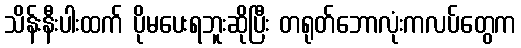
သိန်းနီးပါးထက် ပိုမပေးရဘူးဆိုပြီး တရုတ်ဘောလုံးကလပ်တွေက